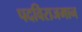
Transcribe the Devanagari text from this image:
पदविराजमान